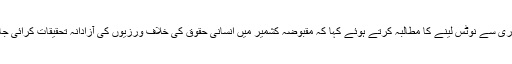
ترجمان دفتر خارجہ نے مقبوضہ کشمیر کی صورتحال پر عالمی برادری سے نوٹس لینے کا مطالبہ کرتے ہوئے کہا کہ مقبوضہ کشمیر میں انسانی حقوق کی خلاف ورزیوں کی آزادانہ تحقیقات کرائی جائیں، اقوام متحدہ انسانی حقوق کمیشن کوانکوائری کے لیے ہدایات دے۔